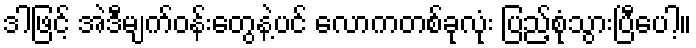
ဒါဖြင့် အဲဒီမျက်ဝန်းတွေနဲ့ပင် လောကတစ်ခုလုံး ပြည့်စုံသွားပြီပေါ့။